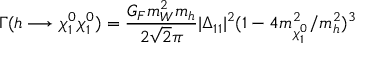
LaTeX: \Gamma ( h \longrightarrow \chi _ { 1 } ^ { 0 } \chi _ { 1 } ^ { 0 } ) = { \frac { G _ { F } m _ { W } ^ { 2 } m _ { h } } { 2 \sqrt { 2 } \pi } } | \Delta _ { 1 1 } | ^ { 2 } ( 1 - 4 m _ { \chi _ { 1 } ^ { 0 } } ^ { 2 } / m _ { h } ^ { 2 } ) ^ { 3 }